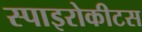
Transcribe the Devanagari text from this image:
स्पाइरोकीटस